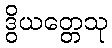
ဒွိယတ္တေသု